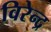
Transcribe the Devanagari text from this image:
विरेन्‍द्र